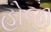
હોજી